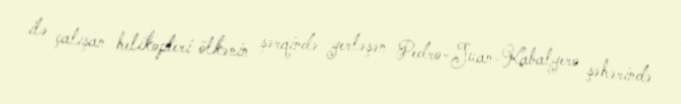
ilə çalışan helikopteri ölkənin şərqində yerləşən Pedro-Juan-Kabalyero şəhərində